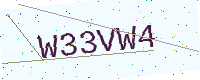
Text: W33VW4